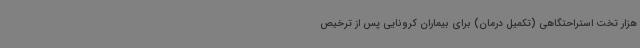
هزار تخت استراحتگاهی (تکمیل درمان) برای بیماران کرونایی پس از ترخیص